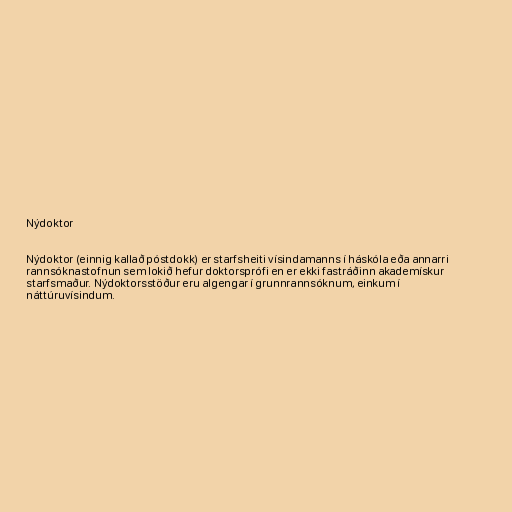
Nýdoktor

Nýdoktor (einnig kallað póstdokk) er starfsheiti vísindamanns í háskóla eða annarri
rannsóknastofnun sem lokið hefur doktorsprófi en er ekki fastráðinn akademískur
starfsmaður. Nýdoktorsstöður eru algengar í grunnrannsóknum, einkum í
náttúruvísindum.